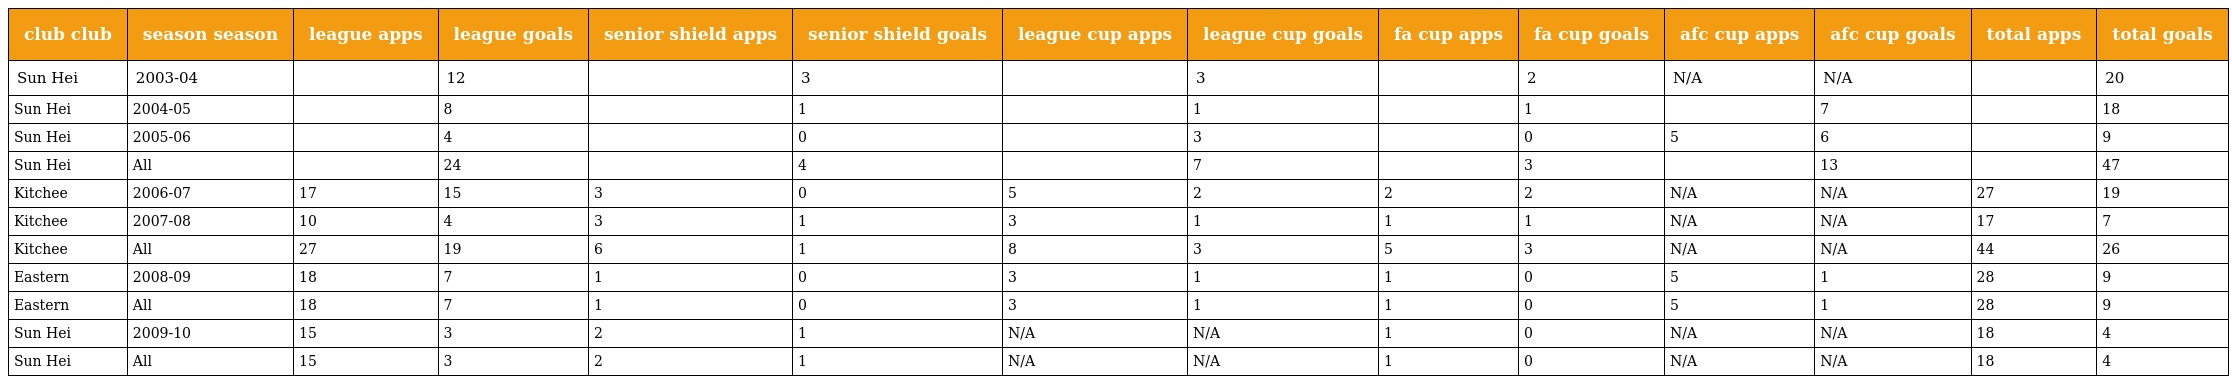
| club club | season season | league apps | league goals | senior shield apps | senior shield goals | league cup apps | league cup goals | fa cup apps | fa cup goals | afc cup apps | afc cup goals | total apps | total goals |
 | --- | --- | --- | --- | --- | --- | --- | --- | --- | --- | --- | --- | --- | --- |
 | Sun Hei | 2003-04 |  | 12 |  | 3 |  | 3 |  | 2 | N/A | N/A |  | 20 |
 | Sun Hei | 2004-05 |  | 8 |  | 1 |  | 1 |  | 1 |  | 7 |  | 18 |
 | Sun Hei | 2005-06 |  | 4 |  | 0 |  | 3 |  | 0 | 5 | 6 |  | 9 |
 | Sun Hei | All |  | 24 |  | 4 |  | 7 |  | 3 |  | 13 |  | 47 |
 | Kitchee | 2006-07 | 17 | 15 | 3 | 0 | 5 | 2 | 2 | 2 | N/A | N/A | 27 | 19 |
 | Kitchee | 2007-08 | 10 | 4 | 3 | 1 | 3 | 1 | 1 | 1 | N/A | N/A | 17 | 7 |
 | Kitchee | All | 27 | 19 | 6 | 1 | 8 | 3 | 5 | 3 | N/A | N/A | 44 | 26 |
 | Eastern | 2008-09 | 18 | 7 | 1 | 0 | 3 | 1 | 1 | 0 | 5 | 1 | 28 | 9 |
 | Eastern | All | 18 | 7 | 1 | 0 | 3 | 1 | 1 | 0 | 5 | 1 | 28 | 9 |
 | Sun Hei | 2009-10 | 15 | 3 | 2 | 1 | N/A | N/A | 1 | 0 | N/A | N/A | 18 | 4 |
 | Sun Hei | All | 15 | 3 | 2 | 1 | N/A | N/A | 1 | 0 | N/A | N/A | 18 | 4 |